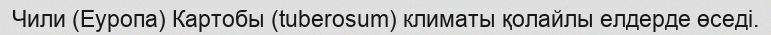
Чили (Еуропа) Картобы (tuberosum) климаты қолайлы елдерде өседі.